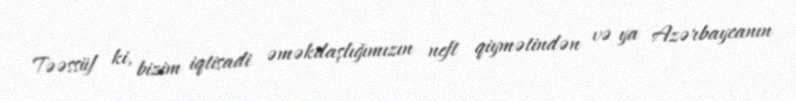
Təəssüf ki, bizim iqtisadi əməkdaşlığımızın neft qiymətindən və ya Azərbaycanın